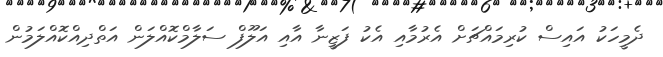
ދެމީހަކު އައިސް ކުރިމައްޗަށް އެރުމާއި އެކު ފަޒީނާ އާއި އަލޫފް ސަލާމްކޮއްލަން އަތްދިއްކޮއްލަމުން